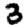
Digit: 3